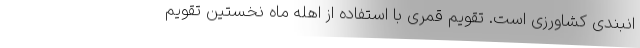
انبندی کشاورزی است. تقویم قمری با استفاده از اهله ماه نخستین تقویم